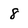
Character: 8